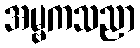
အမ္ဗကသညာ